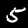
Digit: 5